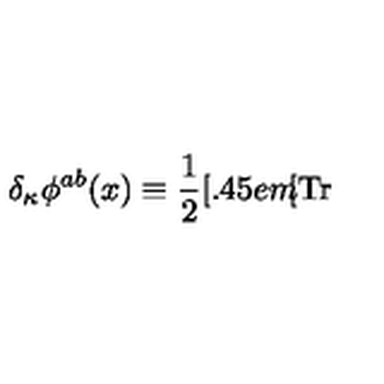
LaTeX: \delta _ { \kappa } \phi ^ { a b } ( x ) \equiv { \frac 1 2 } [ \kern - 0 . 4 5 e m \llap [ \mathrm { T r } ~